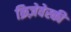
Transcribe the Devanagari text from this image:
क्रिज़ेवेस्की